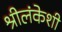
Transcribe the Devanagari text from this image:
श्रीलंकेशी